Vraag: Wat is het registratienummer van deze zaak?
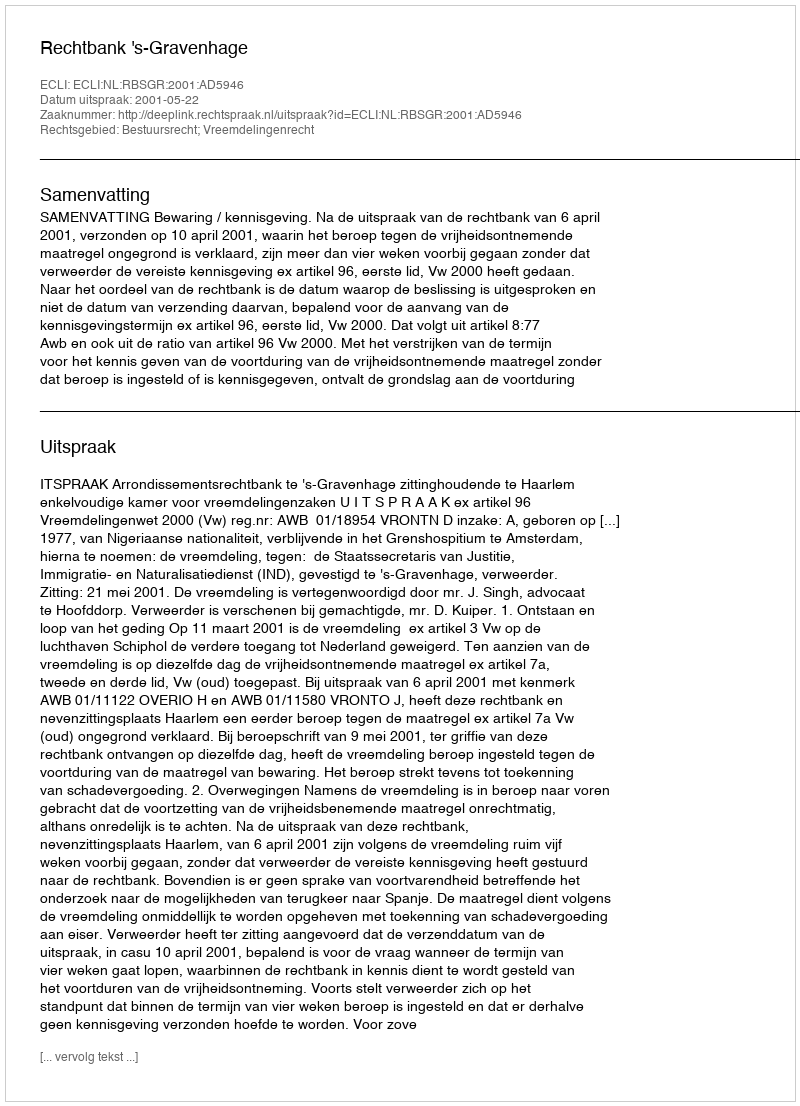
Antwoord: http://deeplink.rechtspraak.nl/uitspraak?id=ECLI:NL:RBSGR:2001:AD5946